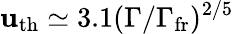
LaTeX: \mathbf{u}_{\mathrm{{th}}}\simeq3.1(\Gamma/\Gamma_{\mathrm{{fr}}})^{2/5}